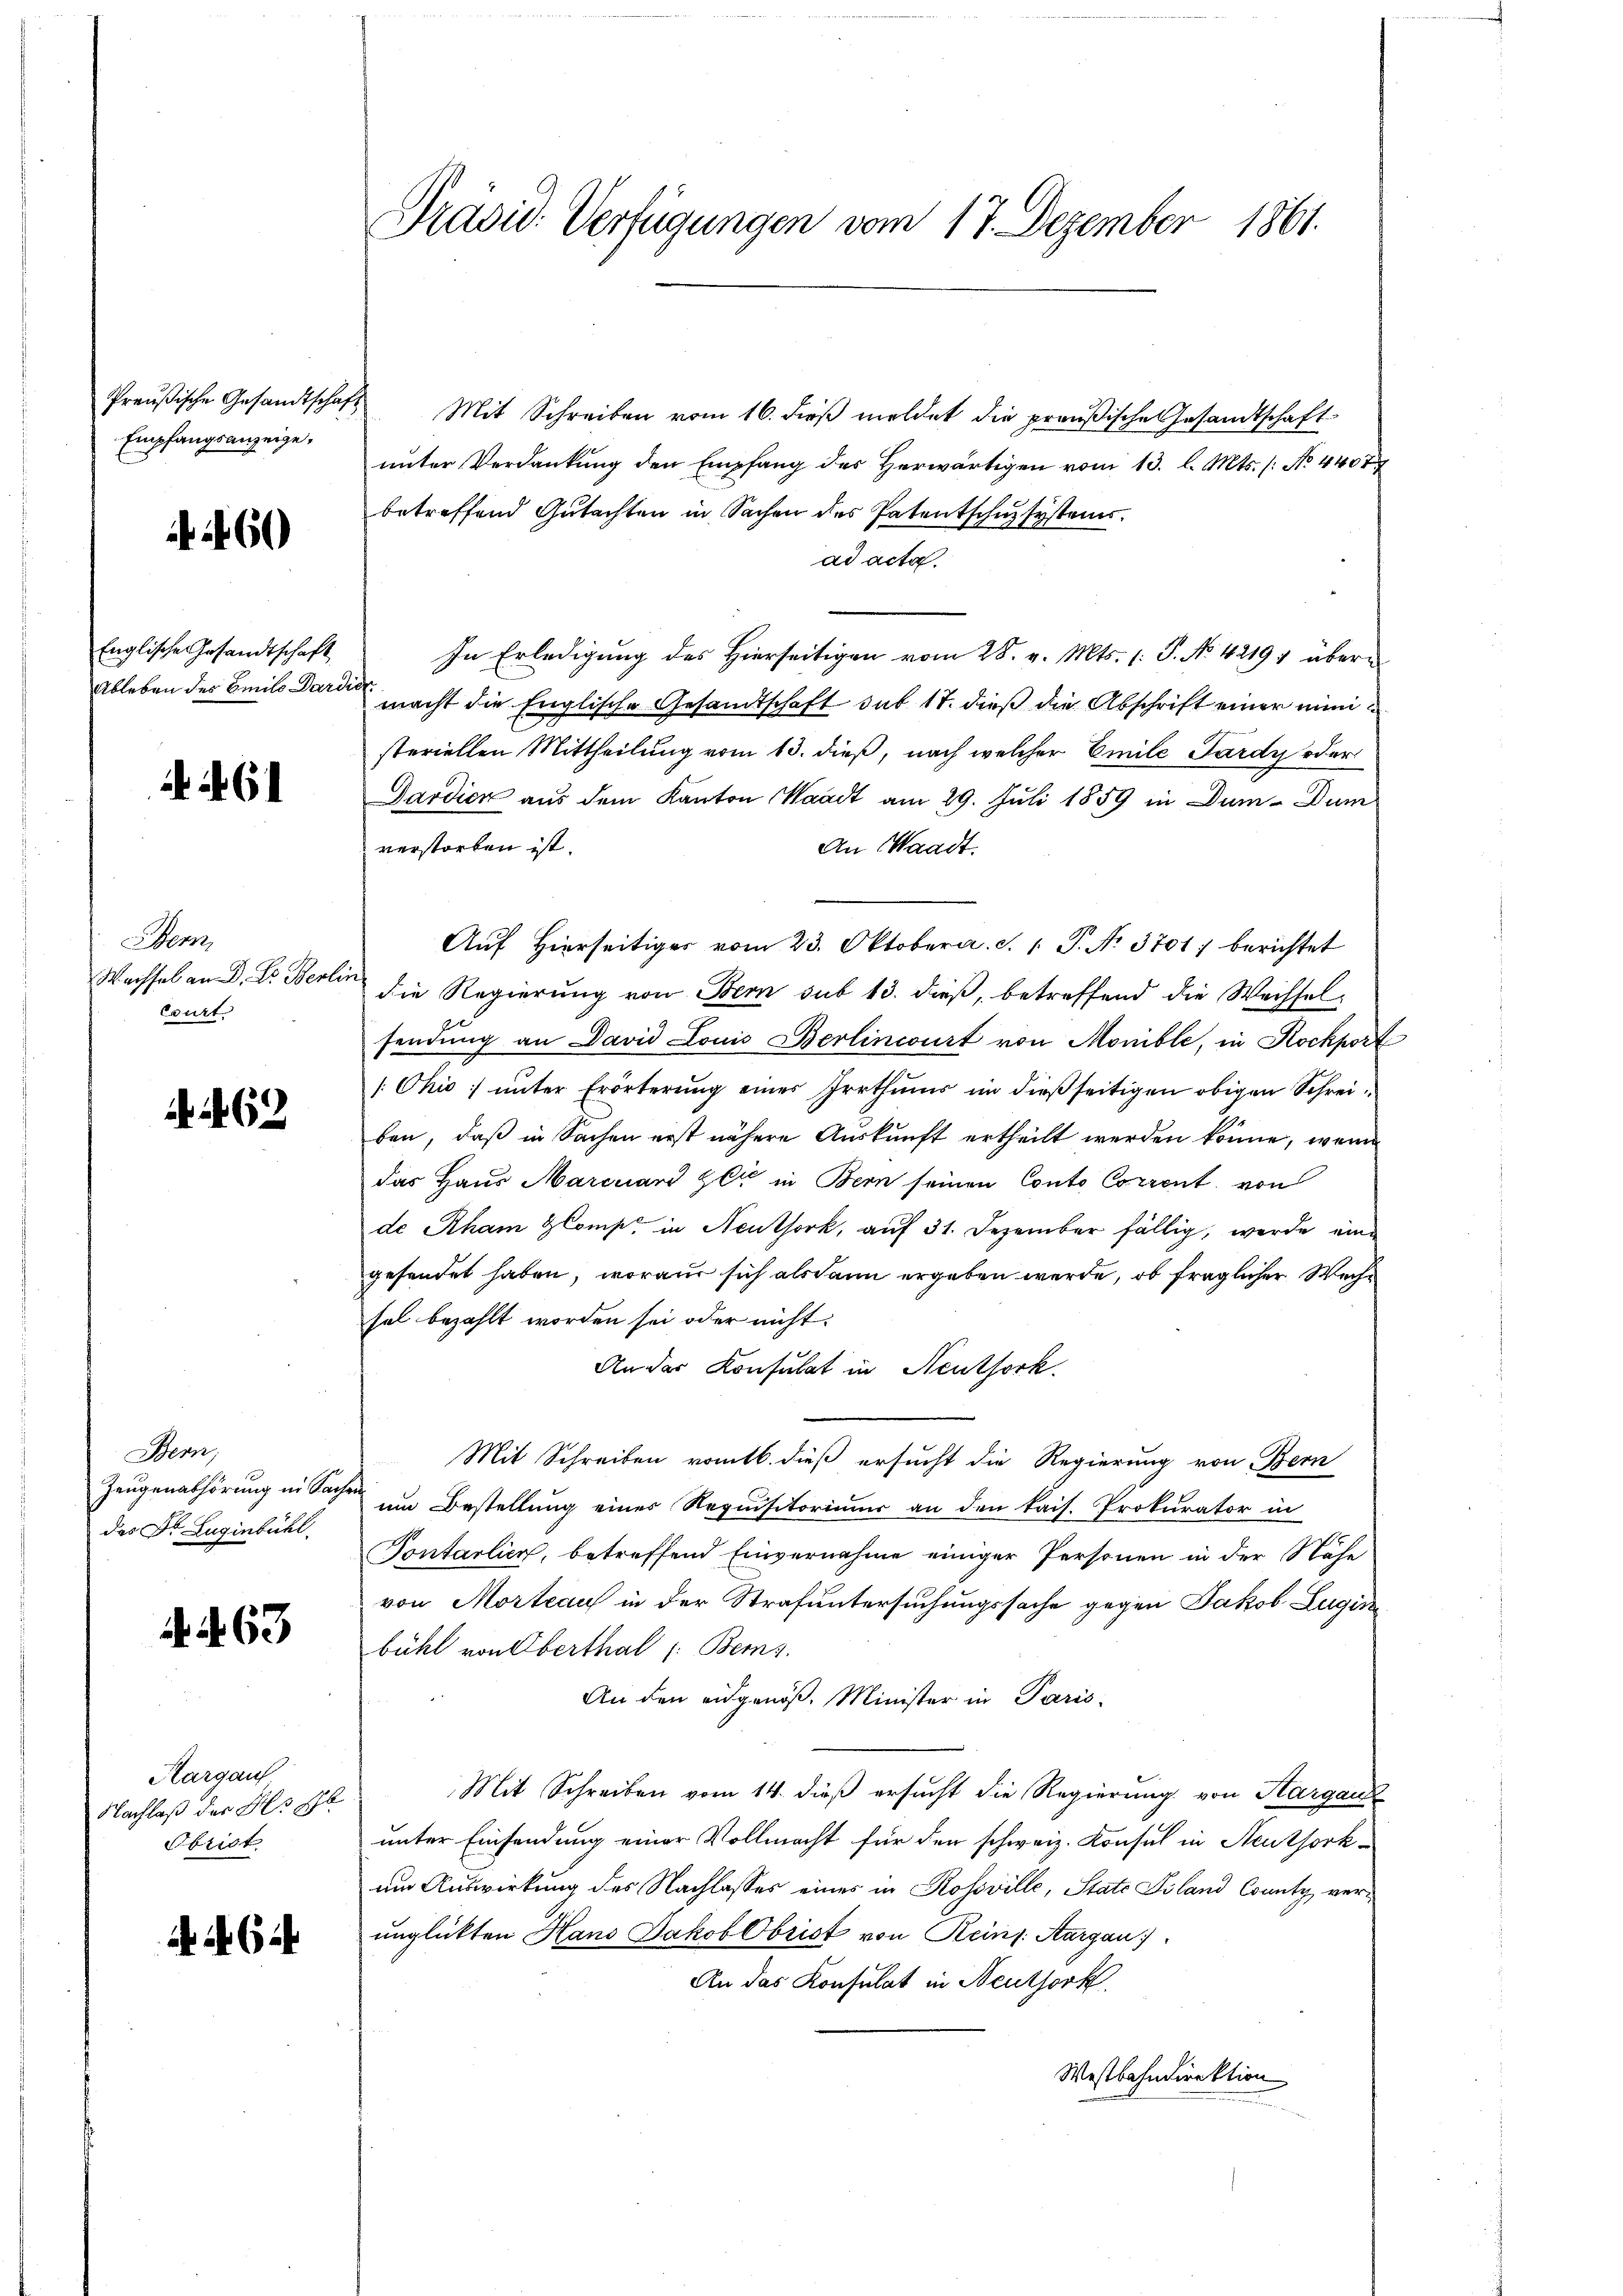
Empfangsanzeige,

60

Englische Gesandtschaft

if. 61

Bern,
Wachsel an D. Dr. Berlin
Court

462

Bern,
Zeugenabhörung in Sachen
des Dr. Luginbühl.

263

Aargau
Nachlaß der Als b
Obrist

6

Preußische Gesandtschaft Mit Schreiben vom 16. dieβ meldet die preußische Gesandtschaft
unter Verdankung den Empfang des Herwärtigen vom 13. l. Mts. (: No 4407
betreffend Gutachten in Sachen des Patentschuzsystems,
ad acta
In Erledigung des Hierseitigen vom 28. v. Mts. 1. P. No. 42191 über¬
Ableben des Beils daran macht die Englische Gesandtschaft sub 17. dieß die Abschrift einer mini
steriellen Mittheilung vom 13. dieß, nach welcher Emile Pardy oder
Dardick aus dem Kanton Waadt am 29. Juli 1889 in Dum- Dum
verstorben ist.
An Waadt.
Auf Hierseitiges vom 23. Oktober. S. 1 S. No. 3701) berichtet
die Regierung von Bern sub 13. dieß, betreffend die Wechsel-
sendung an David Louis Berlincourt von Monible, in Rockport
[Chio unter Erörterung einer Irrthums im dießseitigen obigen Schreiben, daß in Sachen erst nähere Auskunft ertheilt werden könne, wenn
das Haus Marcuard Zeit in Bern seinen Conto Corrent von
de Rham Comp. in Neuthork, auf 31. Dezember fällig, werde eine
gesandet haben, woraus sich alsdann ergeben werde, ob fraglicher Wechsel bezahlt worden sei oder nicht:
An der Konsulat in Neuthork
Mit Schreiben romtb. dieß ersucht die Regierung von Bern
um Bestellung eines Requisitoriums an den kais. Prokurator in
Pontalien, betreffend Einvernahme einiger Personen in der Nähe
von Mortrauf in der Strafuntersuchungssache gegen Jakob Lugin
bühl von Oberthal (: Beiz
An den eidgenöß. Minister in Paris
Mit Schreiben vom 14. dieß ersucht die Regierung von Sargaus
unter Einsendung einer Vollmacht für den schweiz. Konsul in Neuthork-
um Auswirkung des Nachlasses eines in Rossville, State Filand County verunglückten Hans Jakob Obrist von Reins. Aargau.
An das Konsulat in Neuthork
Westbahndirektion
.

Präsid. Verfügungen vom 17. Dezember 1861.